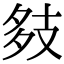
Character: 㩼